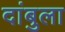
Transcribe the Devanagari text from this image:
दांबुला